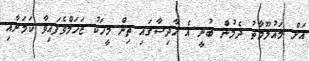
އަށް މައުލޫމާތު ދެމުން ބުނީ އެ ހާދިސާގައި ތިން މީހަކު ޒަޚަމްވެފައިވާ ކަމަށާއި